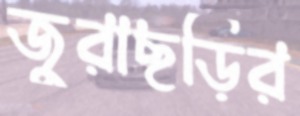
জুরাছড়ির